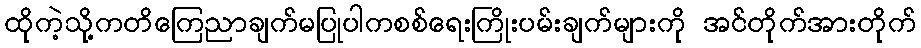
ထိုကဲ့သို့ကတိကြေညာချက်မပြုပါကစစ်ရေးကြိုးပမ်းချက်များကို အင်တိုက်အားတိုက်